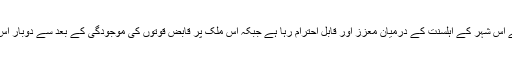
یاد رکھیں سامرہ کا روضہ صدیوں سے اس شہر کے اہلسنت کے درمیان معزز اور قابل احترام رہا ہے جبکہ اس ملک پر قابض قوتوں کی موجودگی کے بعد سے دوبار اس مقدس مقام کی اہانت کی جاچکی ہے ۔